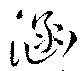
涵